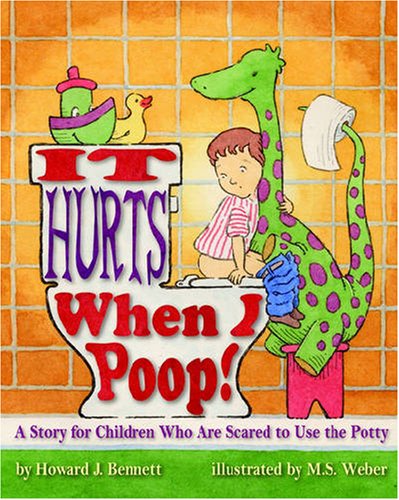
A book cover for It Hurts When I Poop! a Story for Children Who Are Scared to Use the Potty; Howard J. Bennett; Parenting & Relationships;